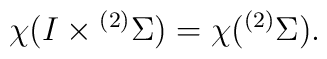
\chi (I\times {}^{(2)}\Sigma)= \chi ({}^{(2)}\Sigma).